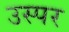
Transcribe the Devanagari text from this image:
उस्पर